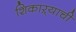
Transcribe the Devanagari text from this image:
शिकाऱ्याची